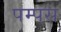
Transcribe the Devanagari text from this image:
पम्पस